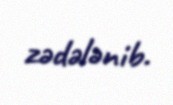
zədələnib.